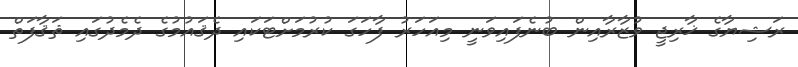
ރަޝިޔާގެ ޚާރިޖީ ވުޒާރާއިން ބުނެފައިވަނީ މިއަހަރު ފާހަގަ ކުރުމަށްޓަކައި ދެޤައުމުގެ ދެމެދުގައި ޘަޤާފަތް